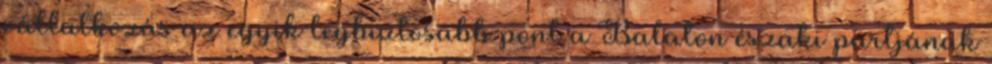
vállalkozás az egyik legbiztosabb pont a Balaton északi partjának